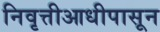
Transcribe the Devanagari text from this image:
निवृत्तीआधीपासून